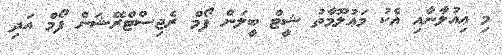
މި ޢިއުލާނާއި އެކު މަޢުލޫމާތު ޝީޓް ބީލަން ފޯމް ރެޖިސްޓްރޭޝަން ފޯމް އަދި